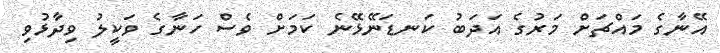
އޭނާގެ މައްޗަށް މަރުގެ އަދަބު ކަނޑަނޭޅޭނެ ކަމަށް ވެސް ހަނާގެ ވަކީލު ވިދާޅުވި